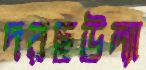
দরছউল্যা